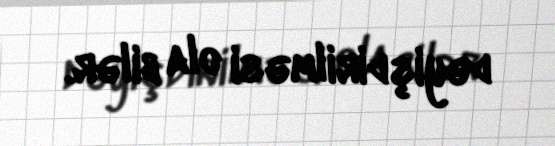
dəyişdirilməsi ola bilər.